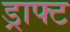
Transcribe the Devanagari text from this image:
ड्राफ्‍ट